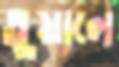
তুয়ালে